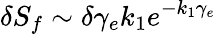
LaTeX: \delta S_{f}\sim\delta\gamma_{e}k_{1}e^{-k_{1}\gamma_{e}}